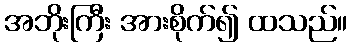
အဘိုးကြီး အားစိုက်၍ ထသည်။